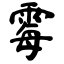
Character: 霉